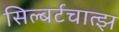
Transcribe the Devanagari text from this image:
सिल्बर्टचात्झ